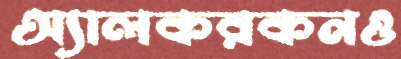
অ্যালকরকনও